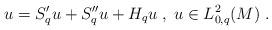
LaTeX: \begin{align*}u=S'_qu+S''_qu+H_qu\;,\; u\in L^{2}_{0,q}(M)\;.\end{align*}